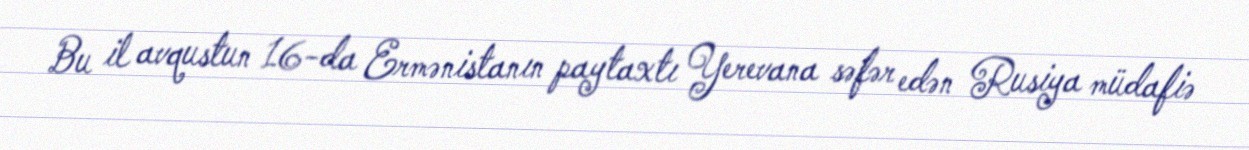
Bu il avqustun 16-da Ermənistanın paytaxtı Yerevana səfər edən Rusiya müdafiə